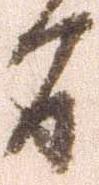
間